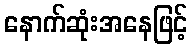
နောက်ဆုံးအနေဖြင့်